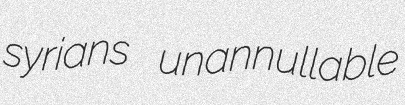
syrians unannullable